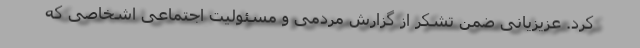
کرد. عزیزیانی ضمن تشکر از گزارش مردمی و مسئولیت اجتماعی اشخاصی که